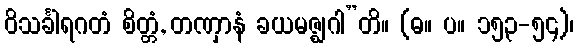
ဝိသင်္ခါရဂတံ စိတ္တံ, တဏှာနံ ခယမဇ္ဈဂါ”တိ။ (ဓ။ ပ။ ၁၅၃-၅၄)၊